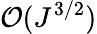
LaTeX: \mathcal{O}(J^{3/2})